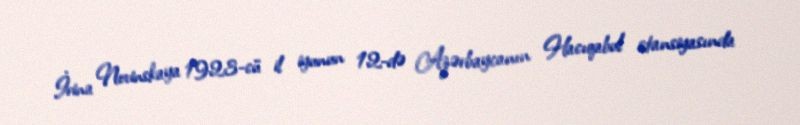
İrina Novinskaya 1923-cü il iyunun 12-də Azərbaycanın Hacıqabul stansiyasında